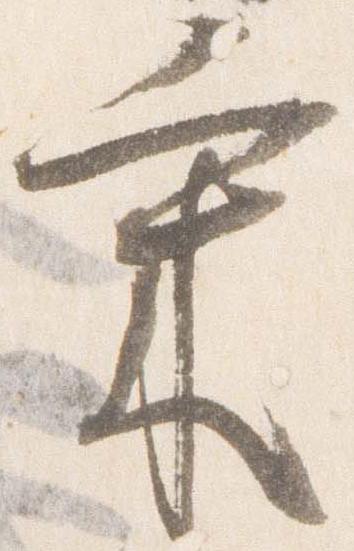
気